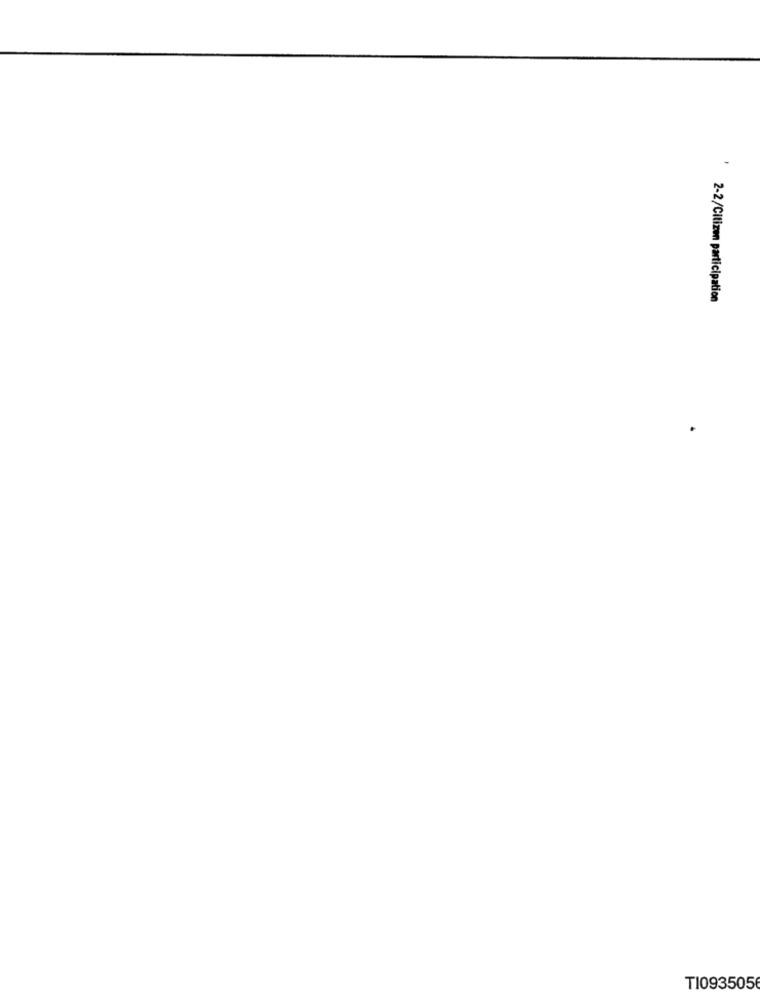
2-2/Citizen participation
T10935056